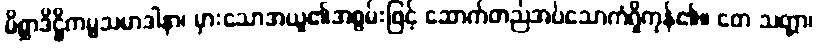
မိစ္ဆာဒိဋ္ဌိကမ္မသမာဒါနာ၊ မှားသောအယူ၏အစွမ်းဖြင့် ဆောက်တည်အပ်သောကံရှိကုန်၏။ တေ သတ္တာ၊